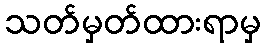
သတ်မှတ်ထားရာမှ